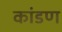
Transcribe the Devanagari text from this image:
कांडण